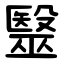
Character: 毉